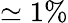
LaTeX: \simeq 1\%